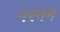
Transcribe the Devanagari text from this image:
नरवम